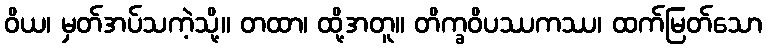
ဝိယ၊ မှတ်အပ်သကဲ့သို့။ တထာ၊ ထို့အတူ။ တိက္ခဝိပဿကဿ၊ ထက်မြတ်သော